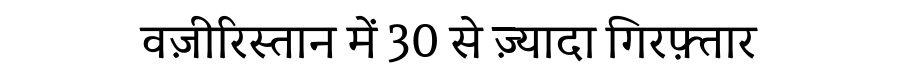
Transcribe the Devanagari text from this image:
वज़ीरिस्तान में 30 से ज़्यादा गिरफ़्तार